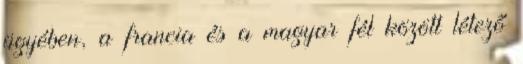
ügyében, a francia és a magyar fél között létező